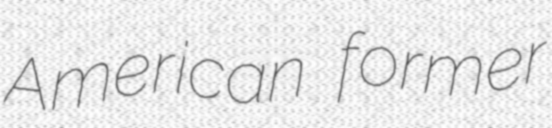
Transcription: American former